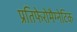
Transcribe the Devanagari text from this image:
प्रतिफेरोमैग्नेटिक